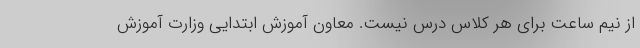
از نیم ساعت برای هر کلاس درس نیست. معاون آموزش ابتدایی وزارت آموزش